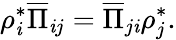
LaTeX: \rho_{\mathit{i}}^{*}\overline{{{\Pi}}}_{\mathit{i}j}=\overline{{{\Pi}}}_{j\mathit{i}}\rho_{j}^{*}.